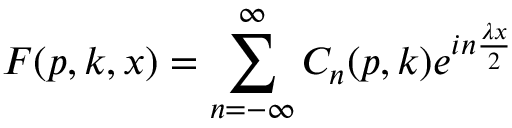
F ( p , k , x ) = \sum _ { n = - \infty } ^ { \infty } C _ { n } ( p , k ) e ^ { i n \frac { \lambda x } { 2 } }